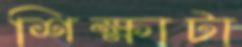
শিক্ষাটা